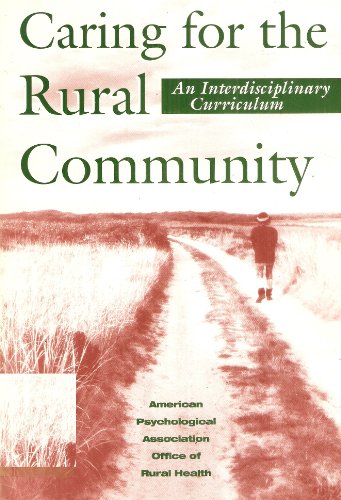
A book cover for Caring for the Rural Community: An Interdisciplinary Curriculum; Medical Books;